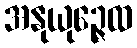
အနုယုဉ္ဇေထ